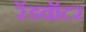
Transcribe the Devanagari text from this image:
रॅडवॉटर